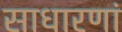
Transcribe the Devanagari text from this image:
साधारणां